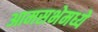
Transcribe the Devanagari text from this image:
आमसभेमध्ये